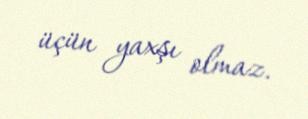
üçün yaxşı olmaz.